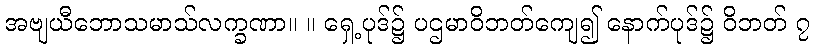
အဗျယီဘောသမာသ်လက္ခဏာ။ ။ ရှေ့ပုဒ်၌ ပဌမာဝိဘတ်ကျေ၍ နောက်ပုဒ်၌ ဝိဘတ် ၇